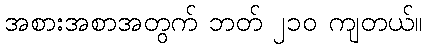
အစားအစာအတွက် ဘတ် ၂၁၀ ကျတယ်။